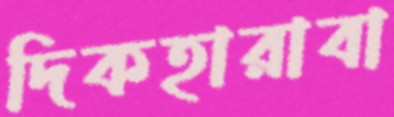
দিকহারাবা